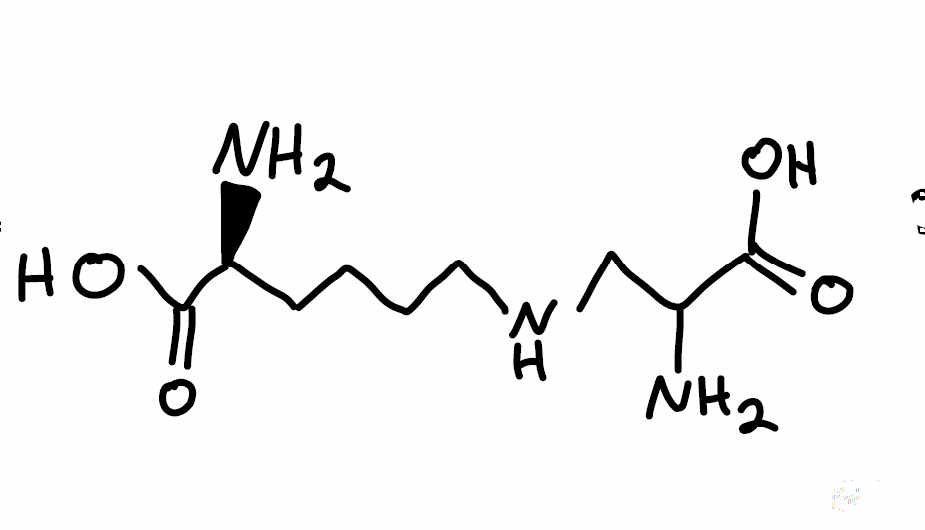
Simplified molecular-input line-entry system (SMILES) notation of the given molecule:
C(CCNCC(C(=O)O)N)C[C@@H](C(=O)O)N